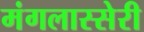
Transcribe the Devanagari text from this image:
मंगलास्सेरी